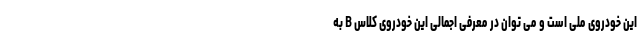
این خودروی ملی است و می توان در معرفی اجمالی این خودروی کلاس B به